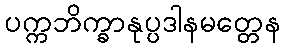
ပက္ကဘိက္ခာနုပ္ပဒါနမတ္တေန